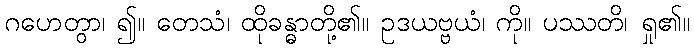
ဂဟေတွာ၊ ၍။ တေသံ၊ ထိုခန္ဓာတို့၏။ ဥဒယဗ္ဗယံ၊ ကို။ ပဿတိ၊ ရှု၏။